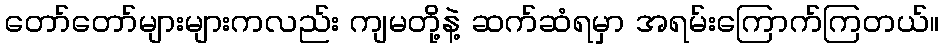
တော်တော်များများကလည်း ကျမတို့နဲ့ ဆက်ဆံရမှာ အရမ်းကြောက်ကြတယ်။